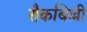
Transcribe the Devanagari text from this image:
रौकबिल्ली